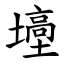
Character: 㙵